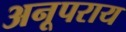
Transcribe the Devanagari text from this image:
अनूपराय